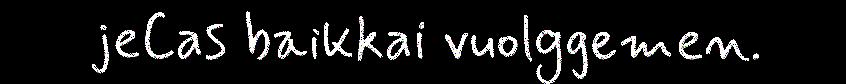
jeCas baikkai vuolggemen.